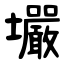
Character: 壧